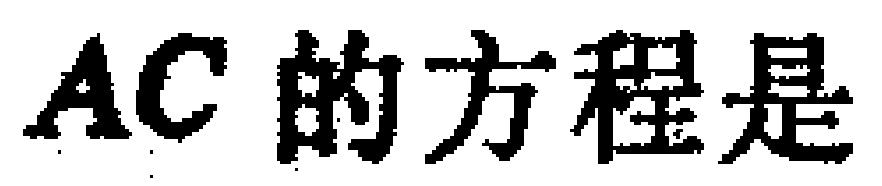
$AC$ 的方程是